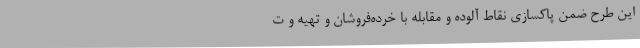
این طرح ضمن پاکسازی نقاط آلوده و مقابله با خرده‌فروشان و تهیه و ت